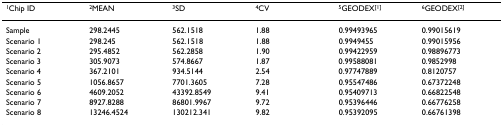
<table><thead><tr><td><b><sup>1</sup>Chip ID</b></td><td><b><sup>2</sup>MEAN</b></td><td><b><sup>3</sup>SD</b></td><td><b><sup>4</sup>CV</b></td><td><b><sup>5</sup>GEODEX<sup>[1]</sup></b></td><td><b><sup>6</sup>GEODEX<sup>[2]</sup></b></td></tr></thead><tbody><tr><td>Sample</td><td>298.2445</td><td>562.1518</td><td>1.88</td><td>0.99493965</td><td>0.99015619</td></tr><tr><td>Scenario 1</td><td>298.245</td><td>562.1518</td><td>1.88</td><td>0.9949455</td><td>0.99015956</td></tr><tr><td>Scenario 2</td><td>295.4852</td><td>562.2858</td><td>1.90</td><td>0.99422959</td><td>0.98896773</td></tr><tr><td>Scenario 3</td><td>305.9073</td><td>574.8667</td><td>1.87</td><td>0.99588081</td><td>0.9852998</td></tr><tr><td>Scenario 4</td><td>367.2101</td><td>934.5144</td><td>2.54</td><td>0.97747889</td><td>0.8120757</td></tr><tr><td>Scenario 5</td><td>1056.8657</td><td>7701.3605</td><td>7.28</td><td>0.95547486</td><td>0.67372248</td></tr><tr><td>Scenario 6</td><td>4609.2052</td><td>43392.8549</td><td>9.41</td><td>0.95409713</td><td>0.66822548</td></tr><tr><td>Scenario 7</td><td>8927.8288</td><td>86801.9967</td><td>9.72</td><td>0.95396446</td><td>0.66776258</td></tr><tr><td>Scenario 8</td><td>13246.4524</td><td>130212.341</td><td>9.82</td><td>0.95392095</td><td>0.66761398</td></tr></tbody></table>